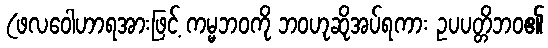
(ဖလဝေါဟာရအားဖြင့် ကမ္မဘဝကို ဘဝဟုဆိုအပ်ရကား ဥပပတ္တိဘဝ၏